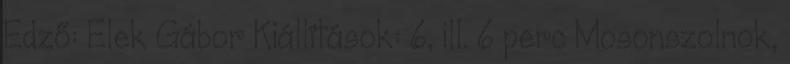
Edző: Elek Gábor Kiállítások: 6, ill. 6 perc Mosonszolnok,